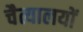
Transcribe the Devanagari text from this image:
चैत्यालयों